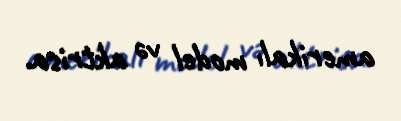
amerikalı model və aktrisa.